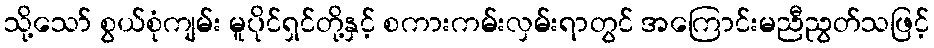
သို့သော် စွယ်စုံကျမ်း မူပိုင်ရှင်တို့နှင့် စကားကမ်းလှမ်းရာတွင် အကြောင်းမညီညွတ်သဖြင့်